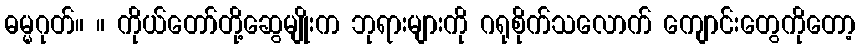
ဓမ္မဂုတ်။ ။ ကိုယ်တော်တို့ဆွေမျိုးက ဘုရားများကို ဂရုစိုက်သလောက် ကျောင်းတွေကိုတော့